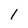
Character: i